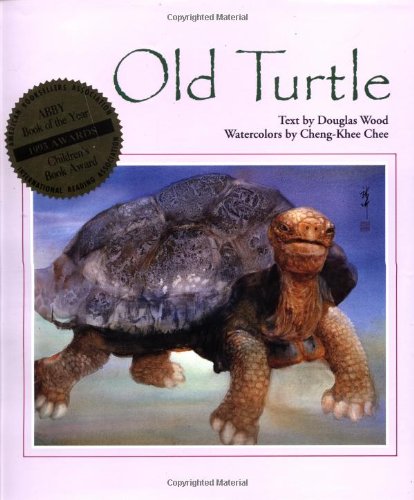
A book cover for Old Turtle; Douglas Wood; Children's Books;